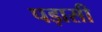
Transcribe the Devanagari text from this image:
पड़ासी